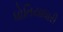
ધોતિયાધારી